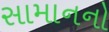
સામાનનો